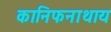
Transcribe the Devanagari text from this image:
कानिफनाथाय